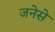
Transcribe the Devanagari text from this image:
जनेसे